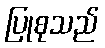
ပြုစုသည်